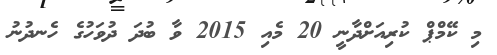
މި ކޭމްޕް ކުރިއަށްދާނީ 20 މެއި 2015 ވާ ބުދަ ދުވަހުގެ ހެނދުނު